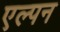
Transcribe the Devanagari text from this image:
एल्पन